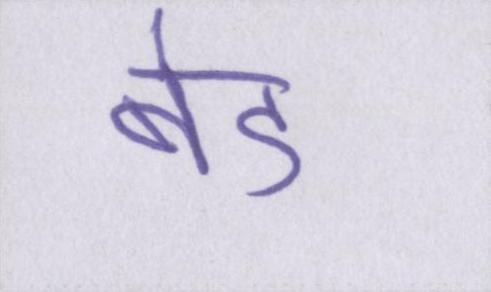
बेड